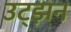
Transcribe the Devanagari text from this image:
उट्झन